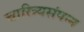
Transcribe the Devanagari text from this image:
चारित्र्यसंपन्न